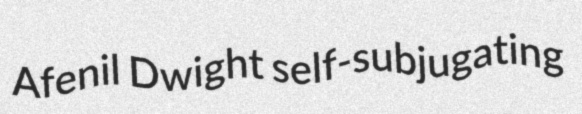
Afenil Dwight self-subjugating